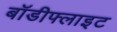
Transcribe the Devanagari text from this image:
बॉडीफ्लाइट